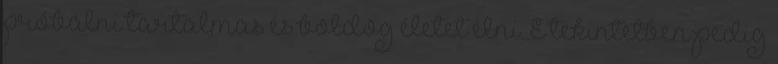
próbálni tartalmas és boldog életet élni. E tekintetben pedig